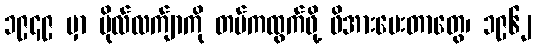
၁၉၄၉ မှာ ဗိုလ်လက်ျာကို တပ်ကထွက်ဖို့ ဖိအားပေးတာတွေ၊ ၁၉၆၂